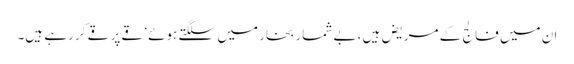
ان میں فالج کے مریض ہیں، بے شمار بخار میں سلگتے ہوئے‘ قے پر قے کر رہے ہیں۔